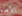
الأمر